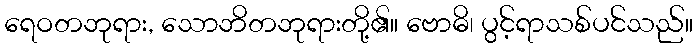
ရေဝတဘုရား, သောဘိတဘုရားတို့၏။ ဗောဓိ၊ ပွင့်ရာသစ်ပင်သည်။